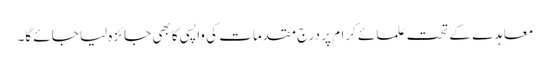
معاہدے کے تحت علمائے کرام پر درج مقدمات کی واپسی کا بھی جائزہ لیا جائے گا۔